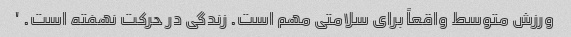
ورزش متوسط ​​واقعاً برای سلامتی مهم است. زندگی در حرکت نهفته است. '